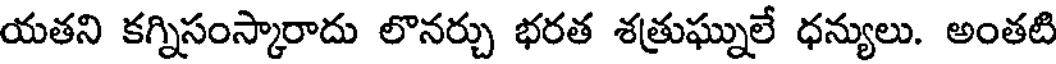
యతని కగ్నిసంస్కారాదు లొనర్చు భరత శత్రుఘ్నులే ధన్యులు. అంతటి